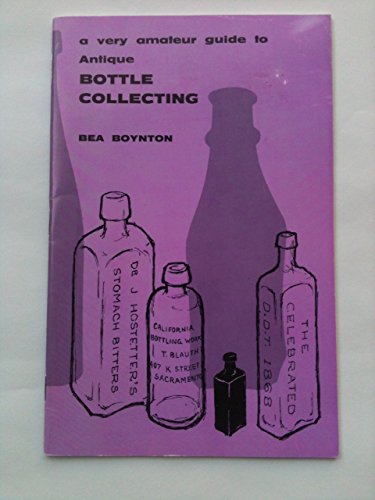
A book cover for A very amateur guide to antique bottle collecting,; Beatrice White Boynton; Crafts, Hobbies & Home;